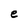
Character: e